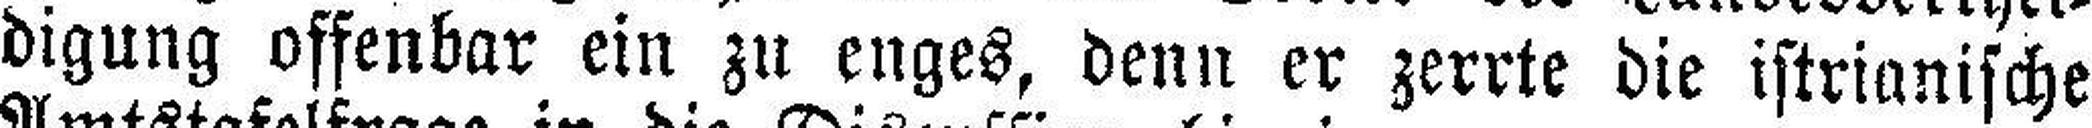
digung offenbar ein zu enges, denn er zerrte die istrianische